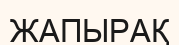
ЖАПЫРАҚ